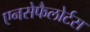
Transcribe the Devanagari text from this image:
एनसेफैलोर्टस